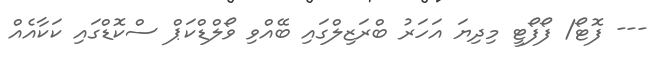
--- ފޮޓޯ/ ފޯފޯޓީ މިދިޔަ އަހަރު ބްރަޒިލްގައި ބޭއްވި ވޯލްޑްކަޕް ސްކޮޑްގައި ކަކާއެއް